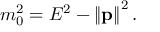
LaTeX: m _ { 0 } ^ { 2 } = E ^ { 2 } - \left\| \mathbf { p } \right\| ^ { 2 } .